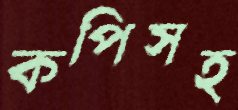
কপিসহ